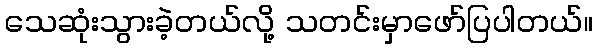
သေဆုံးသွားခဲ့တယ်လို့ သတင်းမှာဖော်ပြပါတယ်။